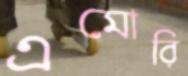
এমোরি